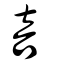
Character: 咅